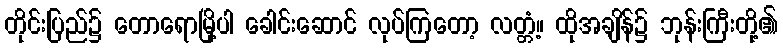
တိုင်းပြည်၌ တောရောမြို့ပါ ခေါင်းဆောင် လုပ်ကြတော့ လတ္တံ့။ ထိုအချိန်၌ ဘုန်းကြီးတို့၏